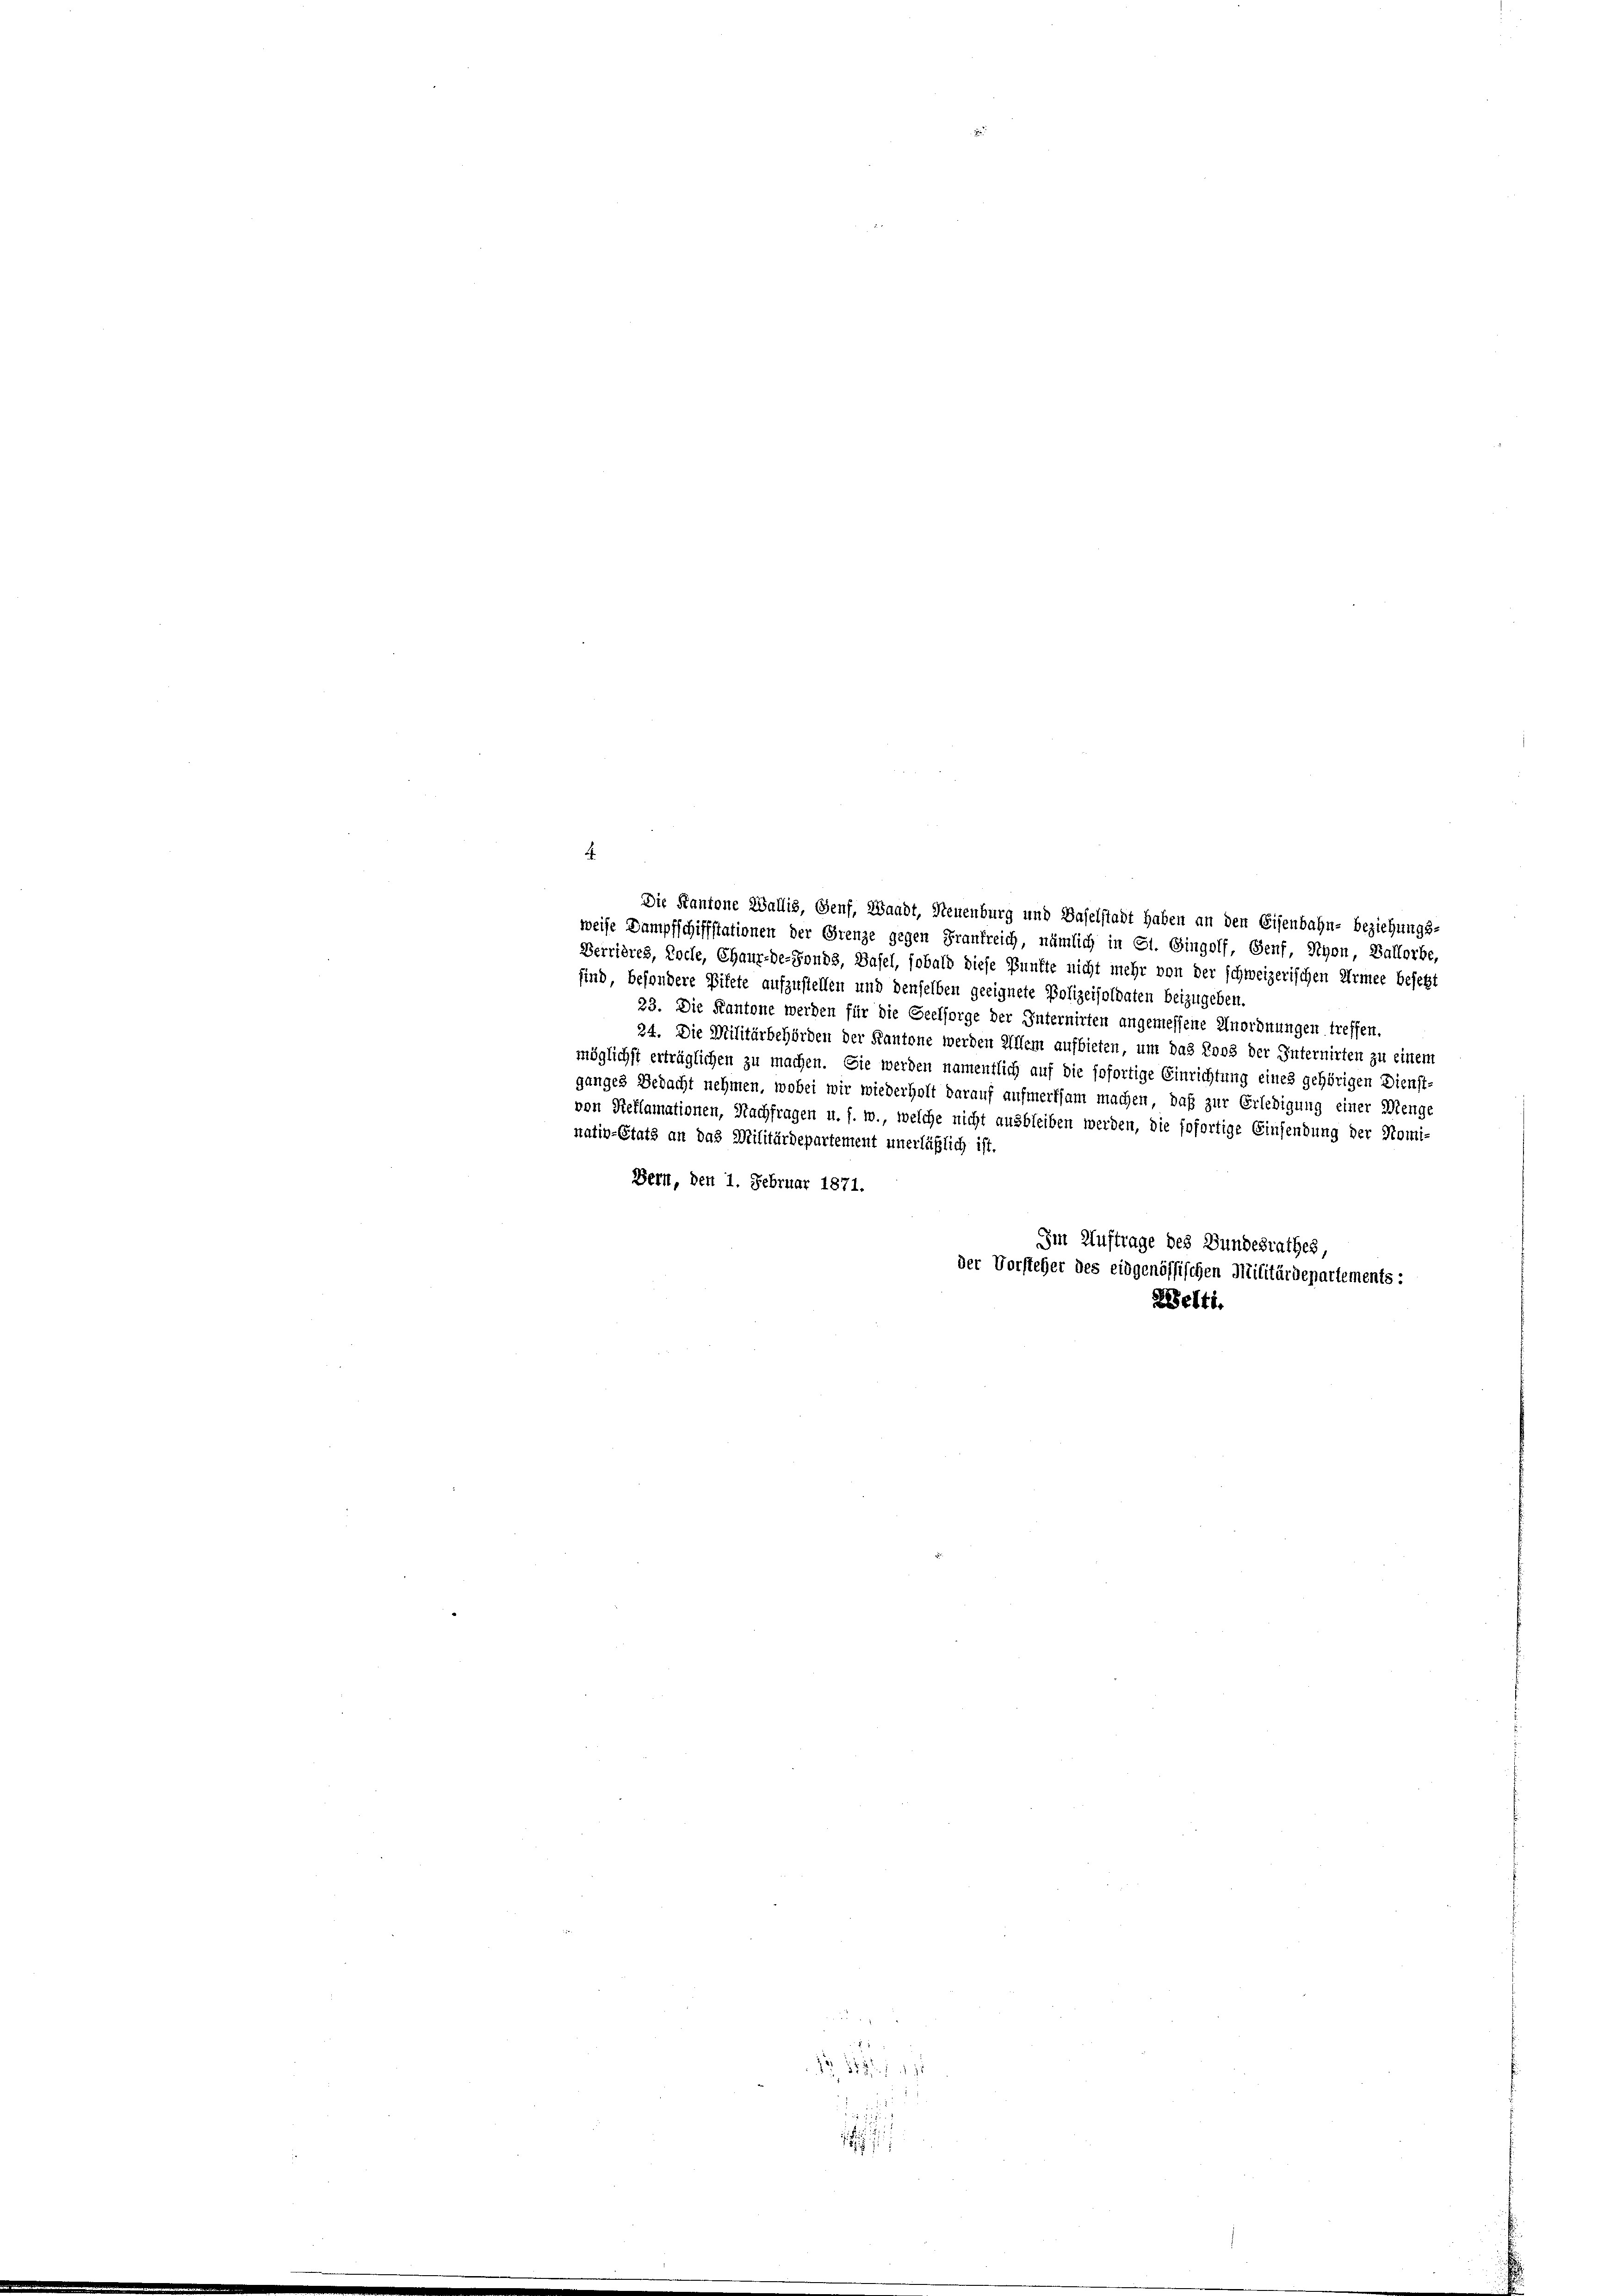
Im Auftrage des Bundesrathes,
der Vorsteher des eidgenössischen Militärdepartements:
Welti.

Die Kantone Wallis, Genf, Waadt, Neuenburg und Baselstadt haben an den Eisenbahn- beziehungs-
weise Dampfschiffstationen der Grenze gegen Frankreich, nämlich in Gl. Gingolf, Genf, Schon, Ballorbe,
Verrières, Pocle, Chaux-de-Fonds, Basel, sobald diese Punkte nicht mehr von der schweizerischen Armee besetzt
sind, besondere Pifete aufzustellen und denselben geeignete Polizeisoldaten beizugeben.
23. Die Kantone werden für die Seelsorge der Internirten angemessene Anordnungen treffen.
24. Die Militärbehörden der Kantone werden Allem aufbieten, um das Loos der Internirten zu einem
möglichst erträglichen zu machen. Sie werden namentlich auf die sofortige Einrichtung eines gehörigen Dienst-
ganges Bedacht nehmen, wobei wir wiederholt darauf aufmerksam machen, daß zur Erledigung einer Menge
von Seflamationen, Nachfragen u. f. w., welche nicht ausbleiben werden, die sofortige Einsendung der Nominativ-Etats an das Militärdepartement unerläßlich ist.
Bern, den 1. Februar 1871.

No 52. 191
r